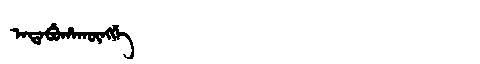
Manchu: ᠠᡩᠠᠪᡠᡥᠠᡴᡡᠩᡤᡝ
Romanization: ADABUHAKŪNGGE